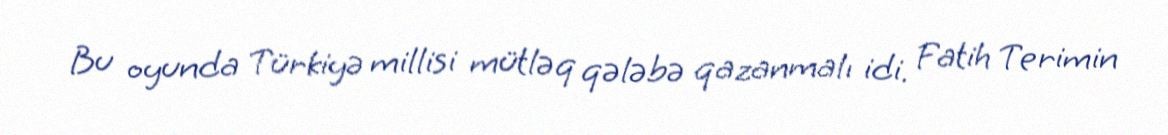
Bu oyunda Türkiyə millisi mütləq qələbə qazanmalı idi. Fatih Terimin